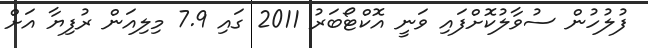
ފުލުހުން ސުވާލުކޮށްފައި ވަނީ އޮކްޓޯބަރު 2011 ގައި 7.9 މިލިއަން ރުފިޔާ އަށް